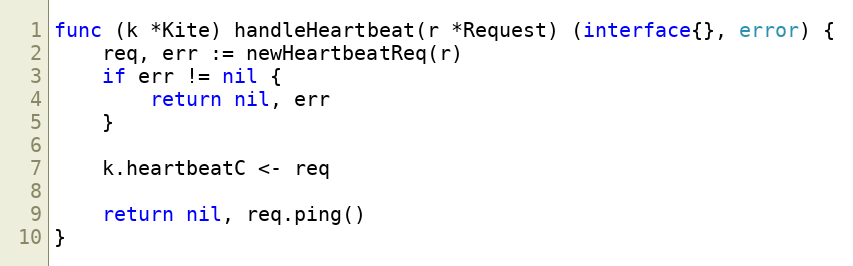
Language: Go
func (k *Kite) handleHeartbeat(r *Request) (interface{}, error) {
	req, err := newHeartbeatReq(r)
	if err != nil {
		return nil, err
	}

	k.heartbeatC <- req

	return nil, req.ping()
}